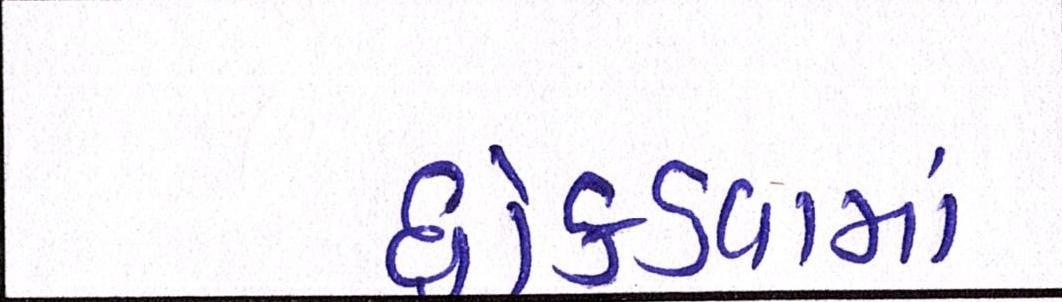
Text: ધ્રોકડવામાં